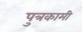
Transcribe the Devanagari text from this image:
पुत्रकामी